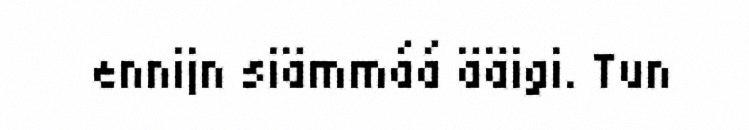
ennijn siämmáá ääigi. Tun